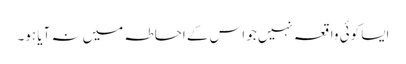
ایسا کوئی واقعہ نہیں جو اس کے احاطہ میں نہ آیا ہو۔